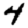
Digit: 4